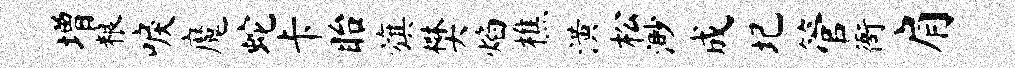
增粮唳魔蛇卡眙旗樊焰樵潢松渺成圮管衙肩